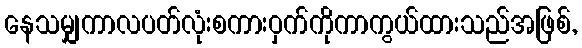
နေသမျှကာလပတ်လုံးစကားဝှက်ကိုကာကွယ်ထားသည်အဖြစ်,